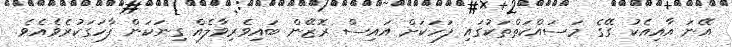
އޭނަ އާއިއެކު ގޭގެ މަސައްކަތްތަކުގައި ފަހަކަށް އައިސް ރޮޒޭން ބައިވެރިވާލެއް ގިނަކަން ފާހަގަކުރެވެއެވެ.